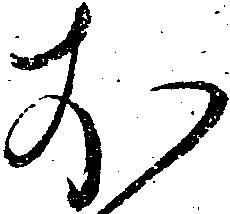
於